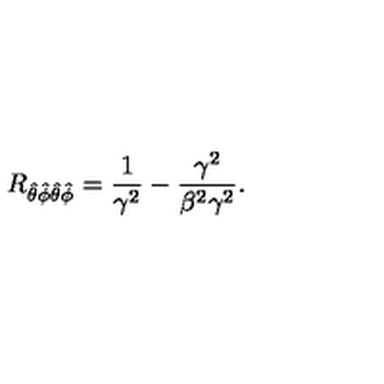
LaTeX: R _ { \hat { \theta } \hat { \phi } \hat { \theta } \hat { \phi } } = { \frac { 1 } { \gamma ^ { 2 } } } - \frac { \gamma ^ { 2 } } { \beta ^ { 2 } \gamma ^ { 2 } } .